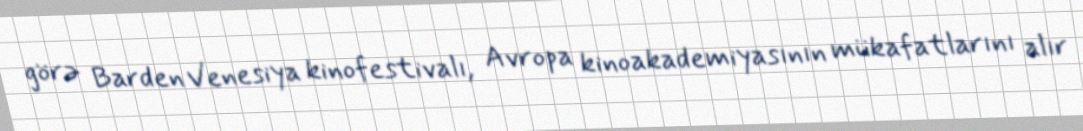
görə Barden Venesiya kinofestivalı, Avropa kinoakademiyasının mükafatlarını alır